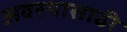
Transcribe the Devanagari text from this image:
अवस्थासाठी